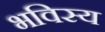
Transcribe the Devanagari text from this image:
भविस्य